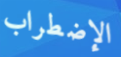
الإضطراب